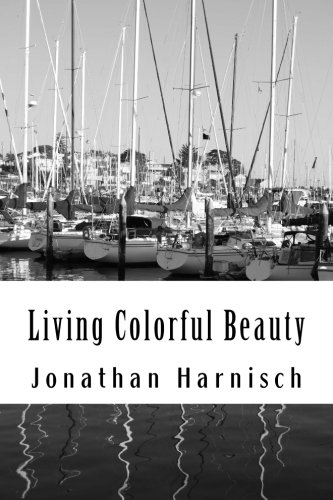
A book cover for Living Colorful Beauty; Jonathan Harnisch; Health, Fitness & Dieting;